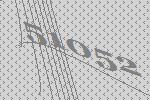
51052